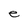
Character: e